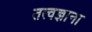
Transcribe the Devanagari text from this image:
तत्वज्ञाना